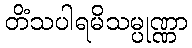
တိံသပါရမိသမ္ပုဏ္ဏာ